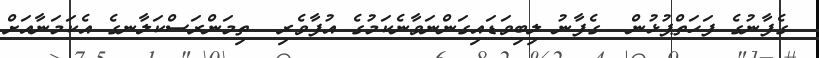
ގެފާނުގެ ފަހަތްޕުޅުން  ގެފާނު ލިބިވަޑައިގަންނަވާނެކަމުގެ އުފާވެރި  ތިމަންރަސްކަލާނގެ އެކަމަނާއަށް